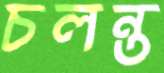
চলন্ত